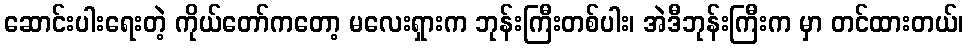
ဆောင်းပါးရေးတဲ့ ကိုယ်တော်ကတော့ မလေးရှားက ဘုန်းကြီးတစ်ပါး၊ အဲဒီဘုန်းကြီးက မှာ တင်ထားတယ်၊